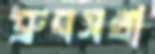
ধ্রুবসখা